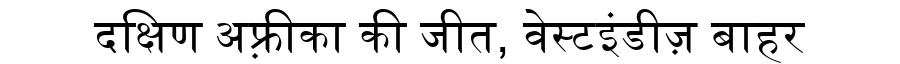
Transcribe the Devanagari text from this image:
दक्षिण अफ़्रीका की जीत, वेस्टइंडीज़ बाहर